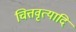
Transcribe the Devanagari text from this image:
चित्तवृत्यादि